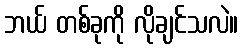
ဘယ် တစ်ခုကို လိုချင်သလဲ။